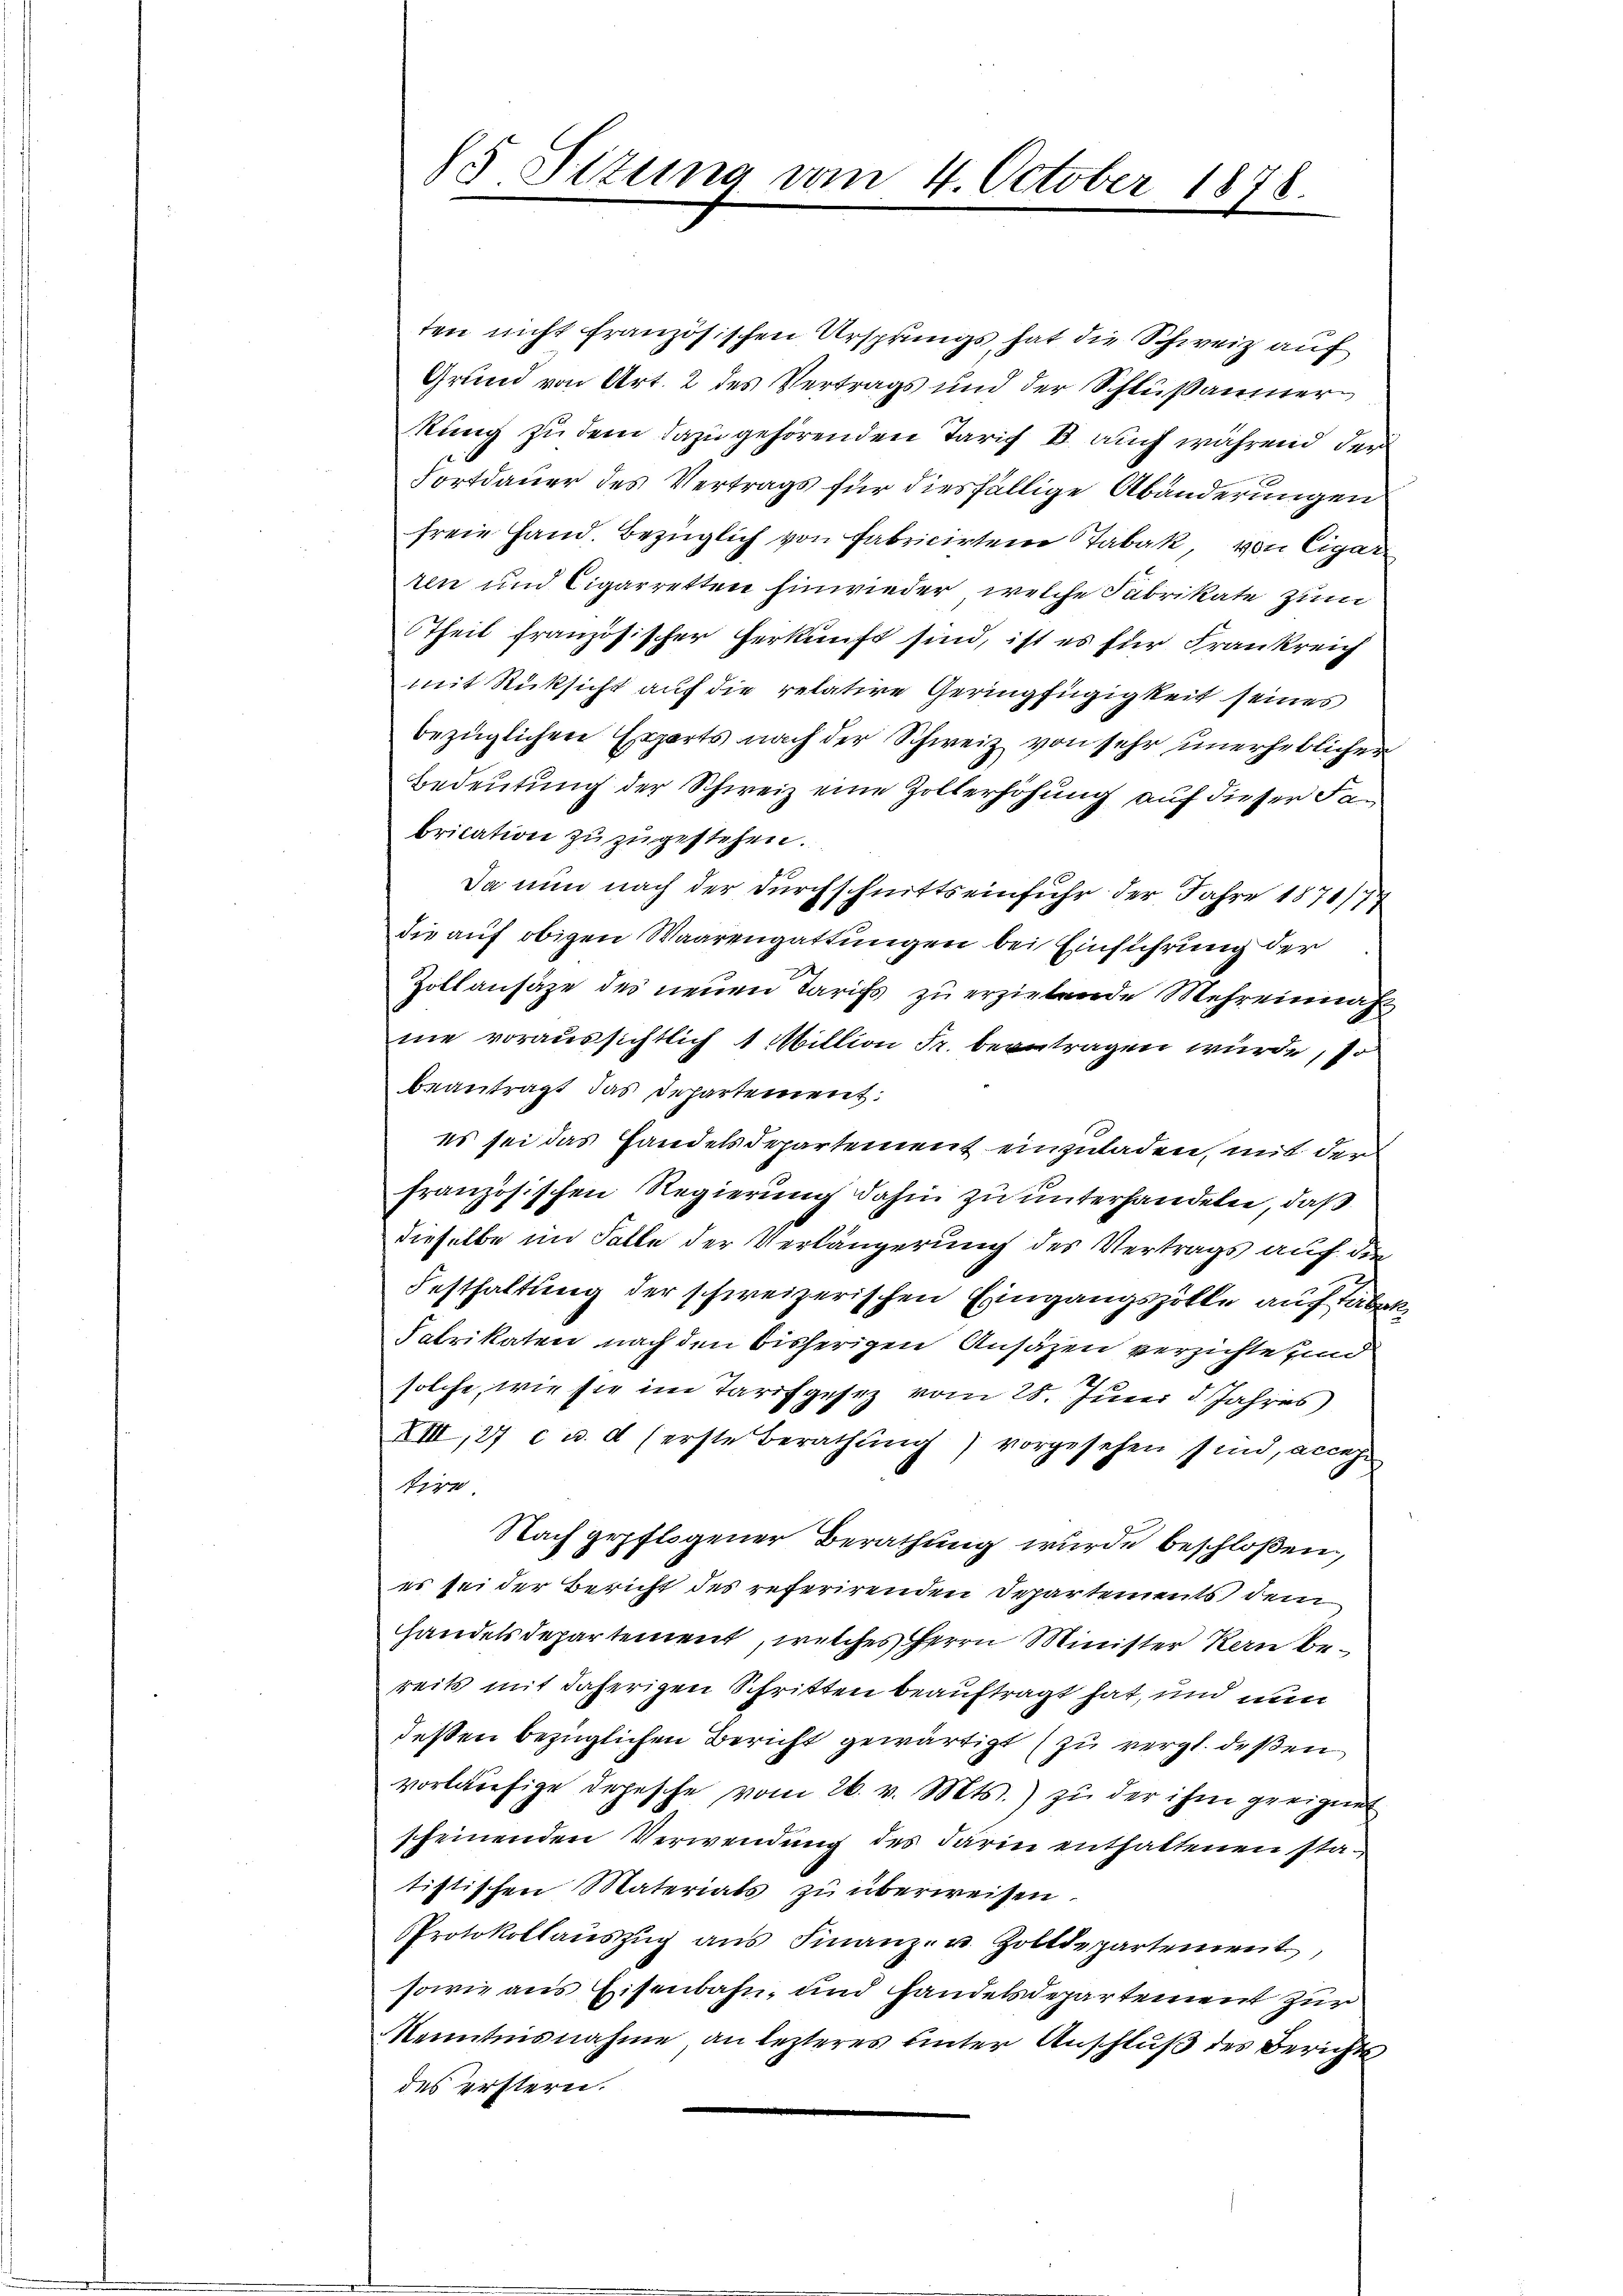
85 Sizung vom 4. October 1878

ten nicht französischen Ursprungs hat die Schweiz auf
Grund von Art. 2 des Vertrags und der Schlußaumerkung zu dem dazu gehörenden Tarich B. auch während der
Fortdauer des Vertrags für diesfällige Abänderungen
freie Hand. Bezüglich von Fabricirten Tabak, von Cigar
ren und Cigarretten hinwieder, welche Fabrikate zum
Ttheil französischer Herkunft sind, ist es für Frankreich
mit Rücksicht auf die relative Geringfügigkeit seines
bezüglichen Erzärts nach der Schweiz von sehr unerheblichen
Bedeutung der Schweiz eine Zollerhöhung auf dieser Fabrication zu zugestehen.
Da nun nach der Durchschnittseinfuhr der Jahre 1876/77
die auf obigen Waarengattungen bei Einführung der
Zollansäze des neuen Tarifs zu erziehende Mehreinnahne voraussichtlich 1 Million Fr. beantragen würde, so
beantragt das Departement:
es sei das Handelsdepartement einzuladen, mit der
französischen Regierung dahin zu unterhandeln, daß
dieselbe im Falle der Verlängerung des Vertrags auf die
Festhaltung der schweizerischen Eingangszölle auch Tabel
Fabrikaten nach den bisherigen Ansäzen verzichte sind
solche, wie sie im Tarifgesez vom 28. Juni d. Jahres
XIII, 27 c u. d (erste Berathung) vorgesehen sind, acces
tire
Nach gepflogener Berathung wurde beschloßen,
es sei der Bericht des referirenden Departements dem
handelsdepartement, welches Herrn Minister Kern bereits mit daherigen Schritten beauftragt hat, und nun
deßen bezüglichen Bericht gewärtigt zu vergl. deßen
vorläŭfige Depesche vom 26. v. Mts.) zu der ihm geeignet
scheinenden Verwendung des darin enthaltenen statistischen Materials zu überweisen.
Protokollaŭszŭg ans Finanz- u. Zolldepartement,
sowie aus Eisenbahn, und Handelsdepartement zur
Kenntnisnahme, an lezteres hinter Anschluß des Berichts
des erstern.